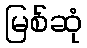
မြစ်ဆုံ